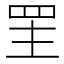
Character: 罜